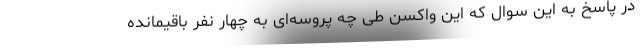
در پاسخ به این سوال که این واکسن طی چه پروسه‌ای به چهار نفر باقیمانده